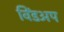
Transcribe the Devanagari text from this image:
विंडअप